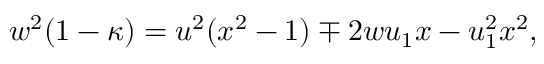
w ^ { 2 } ( 1 - \kappa ) = u ^ { 2 } ( x ^ { 2 } - 1 ) \mp 2 w u _ { 1 } x - u _ { 1 } ^ { 2 } x ^ { 2 } ,